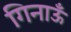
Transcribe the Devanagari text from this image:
गिनाऊँ